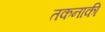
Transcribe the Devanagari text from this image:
तकनाकी